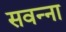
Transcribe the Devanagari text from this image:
सवन्ना